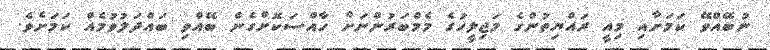
ނުބޭއްވޭ ކަމަށާއި މިއީ ރައްޔިތުންގެ މަޖިލީހުގެ މެމްބަރުންނަށް ހާއްސަކޮށްގެން ބޭއްވި ބައްދަލުވުމެއް ކަމަށެވެ.